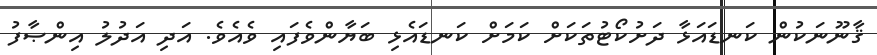
ޤާނޫނަކުން ކަނޑައަޅާ ދަށުކޯޓުތަކަށް ކަމަށް ކަނޑައެޅި ބަޔާންވެފައި ވެއެވެ. އަދި އަދުލު އިންޞާފު